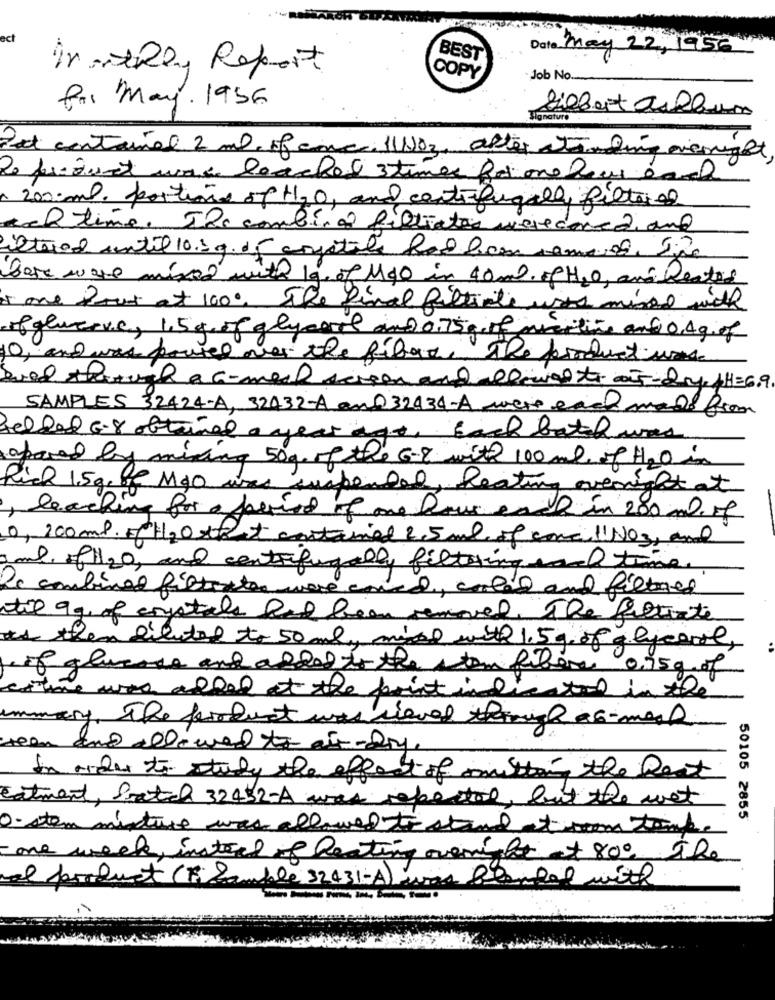
ect
Date May 22.1956
BEST
Monthly Report
COPY
·Job No.
fri May. 1956
Signature
Pat contained 2 ml. of cnc. 11 NO3, after two ding overnight
200ml. portions of H2O, and centrifugally filtered
ach time. The combina filtratos weredone2, and
intered until 10.1g of anystile had been removed, Live
Bare ware mixed with 19, of MGO in 40ml ofHO, and Reates
is one tout at 1000, The final filliale uses mind with
ofgluerve, 1,5g of glycerol and 0.75g of warline and 0,4g of
10, and was poured over the fiber. The product und
Sved through a c-meal screen and clover to 5-dry pH=6.9
SAMPLES 32424-A, 32432-A am032434-A weis each made from
felted 6.8 obtained a year ago, Each bath was
aposed by mixing 50g of the 6-8 with 100ml of H2O in
Rich 15g, of Mgo was suspended, heating overnight at
, leaching for a period of one hour each in 200ml of
0, 200ml ofH2 Oxfeet contained 2.5ml of con l' NO3, and
one of1/20, and centrifugally filtering and time
Be combined filtrater ware coned, cooled and filtres
stil 99 of crystals had been removed The filtrite
ats then diluted to 50ml, mixed with 1.5 g. of glycare,
of glucose and added to the atom filere 0.95g of
entire was added at the point indicated in the
ummary, The product was sieved through as -mesh
team and allowed to an-dry.
in order to study the effect of mushing the Rest
Eatment, Satch 32452-A was reported, but the wat
50105 2855
O.stem mixture was allowed to stand it som tamk.
one week, instead of heating overnight + 800 The
If product (Fi Semble 32431-A) was Pantal with